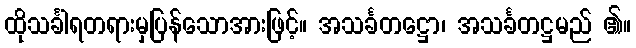
ထိုသင်္ခါရတရားမှပြန်သောအားဖြင့်။ အသင်္ခတဋ္ဌော၊ အသင်္ခတဋ္ဌမည် ၏။